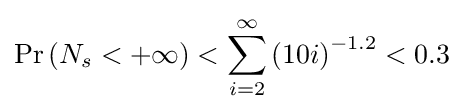
\Pr \left(N_{s}<+\infty \right)<\sum \limits _{i=2}^{\infty }\left(10i\right)^{-1.2}<0.3